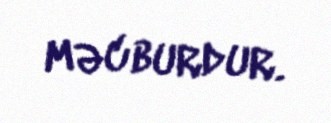
məcburdur.